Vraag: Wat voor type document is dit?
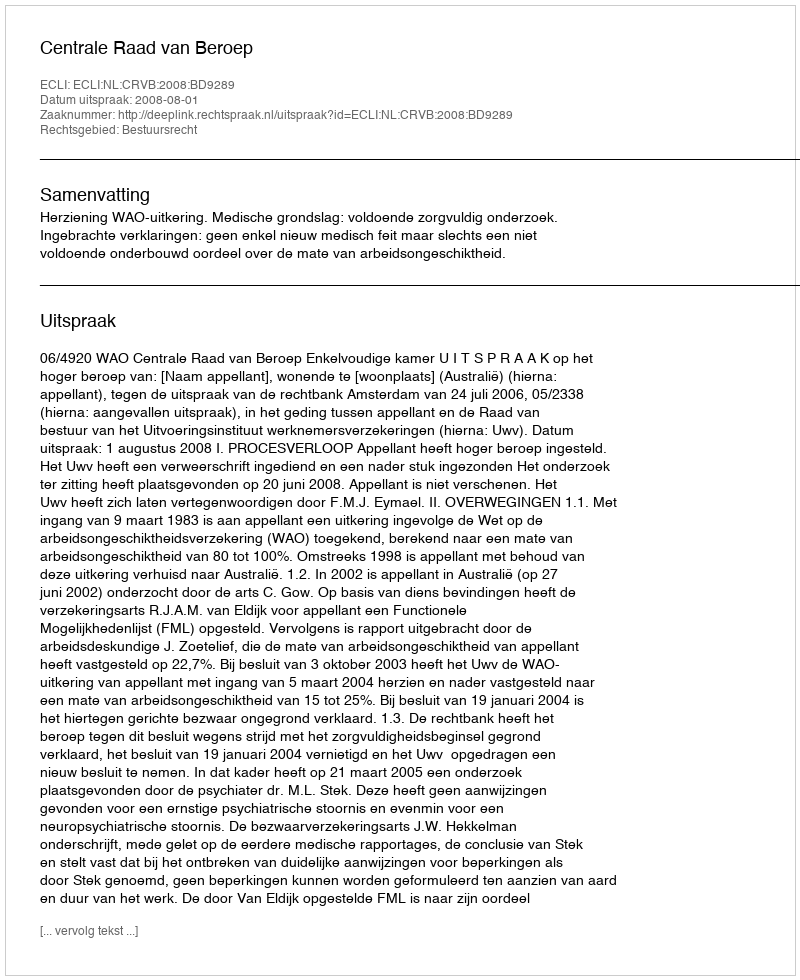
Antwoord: Uitspraak